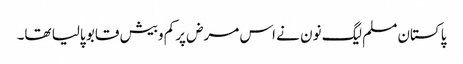
پاکستان مسلم لیگ نون نے اس مرض پرکم وبیش قابو پالیا تھا۔